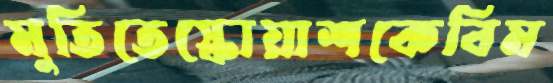
মুতিতেস্কোয়াশকেবিম